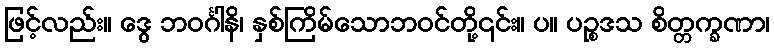
ဖြင့်လည်း။ ဒွေ ဘဝင်္ဂါနိ၊ နှစ်ကြိမ်သောဘဝင်တို့၎င်း။ ပ။ ပဉ္စဒသ စိတ္တက္ခဏာ၊